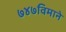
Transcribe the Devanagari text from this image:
७४७विमाने